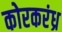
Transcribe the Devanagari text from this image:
कोरकरंध्र